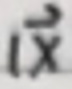
$1\vec{x}$